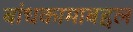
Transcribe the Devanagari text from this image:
बांधकामाबद्दल